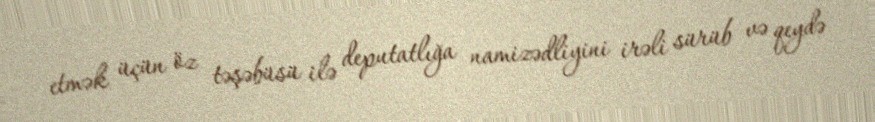
etmək üçün öz təşəbüsü ilə deputatlığa namizədliyini irəli sürüb və qeydə